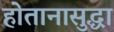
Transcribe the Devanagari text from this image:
होतानासुद्धा